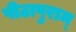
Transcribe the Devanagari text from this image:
पीठापुराम्‌